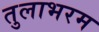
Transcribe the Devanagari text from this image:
तुलाभरम